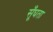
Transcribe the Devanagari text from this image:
सूँघता